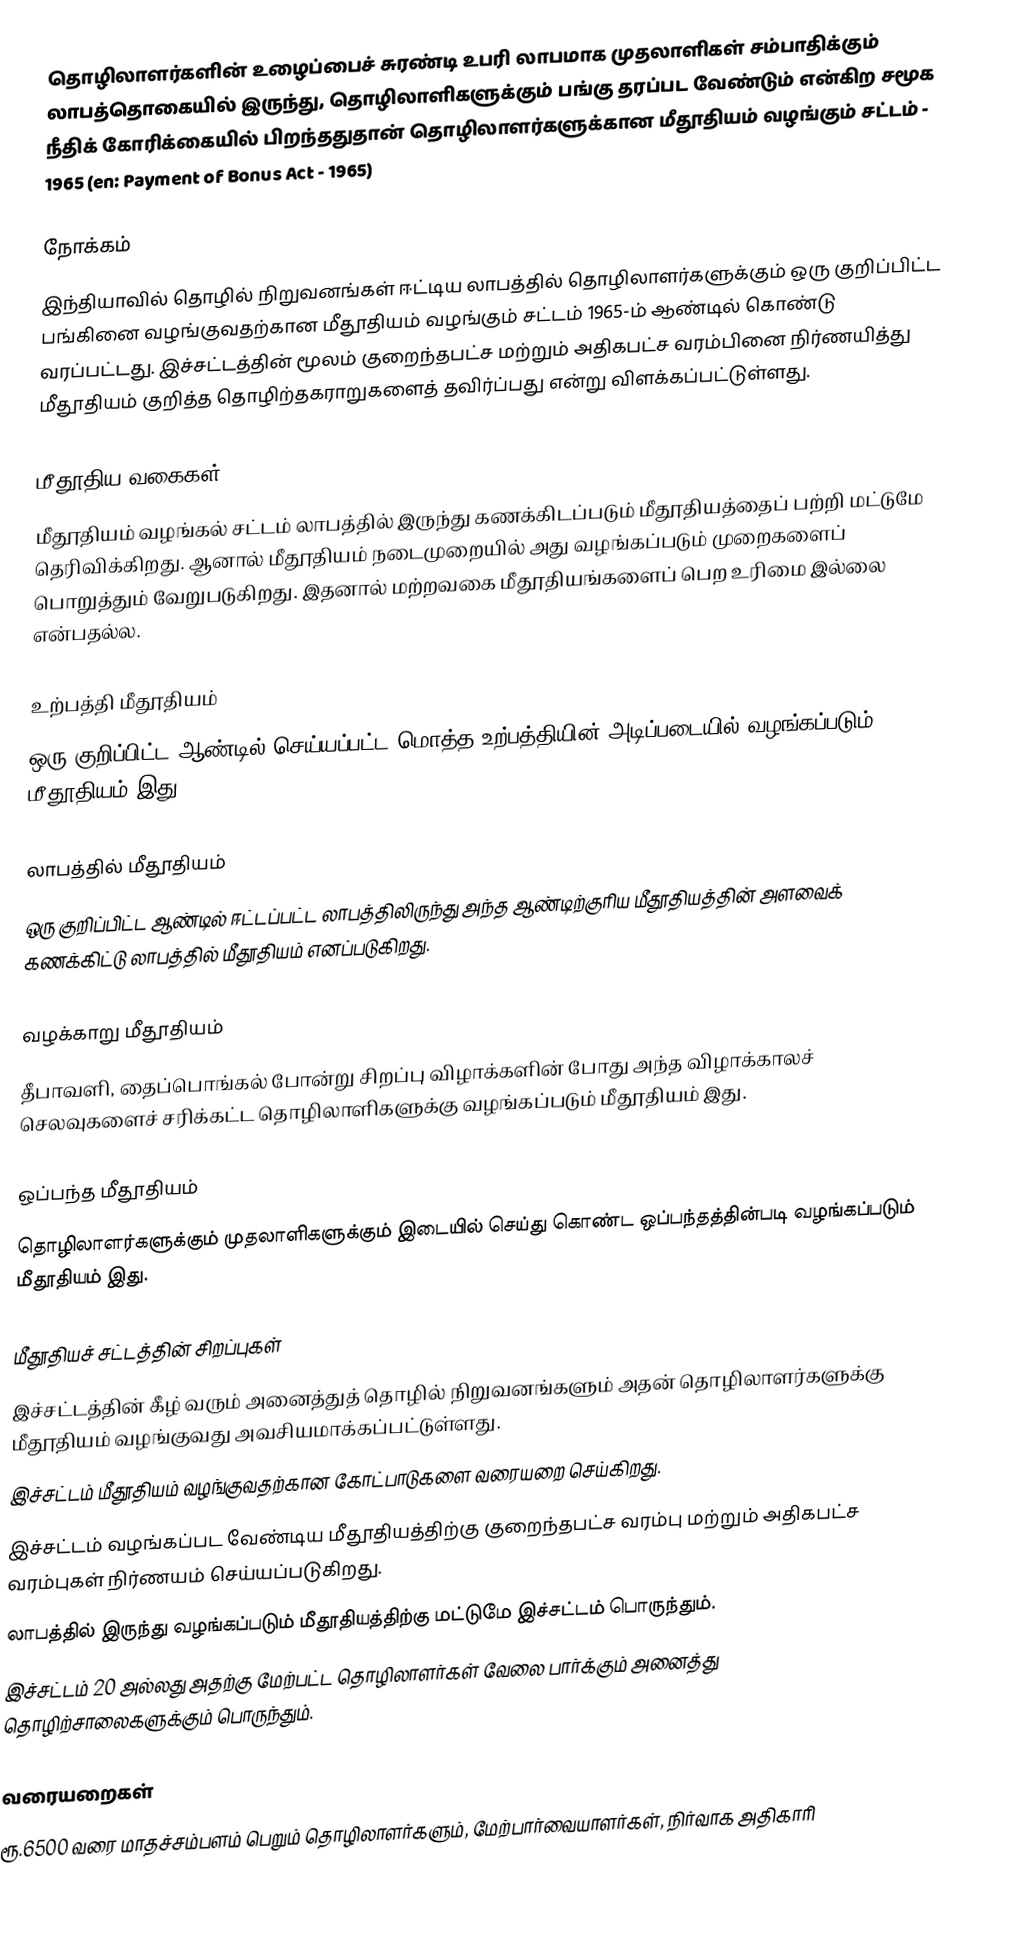
தொழிலாளர்களின் உழைப்பைச் சுரண்டி உபரி லாபமாக முதலாளிகள் சம்பாதிக்கும் லாபத்தொகையில் இருந்து, தொழிலாளிகளுக்கும் பங்கு தரப்பட வேண்டும் என்கிற சமூக நீதிக் கோரிக்கையில் பிறந்ததுதான் தொழிலாளர்களுக்கான மீதூதியம் வழங்கும் சட்டம் - 1965 (en: Payment of Bonus Act - 1965)

நோக்கம்
இந்தியாவில் தொழில் நிறுவனங்கள் ஈட்டிய லாபத்தில் தொழிலாளர்களுக்கும் ஒரு குறிப்பிட்ட பங்கினை வழங்குவதற்கான மீதூதியம் வழங்கும் சட்டம் 1965-ம் ஆண்டில் கொண்டு வரப்பட்டது. இச்சட்டத்தின் மூலம் குறைந்தபட்ச மற்றும் அதிகபட்ச வரம்பினை நிர்ணயித்து மீதூதியம் குறித்த தொழிற்தகராறுகளைத் தவிர்ப்பது என்று விளக்கப்பட்டுள்ளது.

மீதூதிய வகைகள்
மீதூதியம் வழங்கல் சட்டம் லாபத்தில் இருந்து கணக்கிடப்படும் மீதூதியத்தைப் பற்றி மட்டுமே தெரிவிக்கிறது. ஆனால் மீதூதியம் நடைமுறையில் அது வழங்கப்படும் முறைகளைப் பொறுத்தும் வேறுபடுகிறது. இதனால் மற்றவகை மீதூதியங்களைப் பெற உரிமை இல்லை என்பதல்ல.

உற்பத்தி மீதூதியம்
ஒரு குறிப்பிட்ட ஆண்டில் செய்யப்பட்ட மொத்த உற்பத்தியின் அடிப்படையில் வழங்கப்படும் மீதூதியம் இது.

லாபத்தில் மீதூதியம்
ஒரு குறிப்பிட்ட ஆண்டில் ஈட்டப்பட்ட லாபத்திலிருந்து அந்த ஆண்டிற்குரிய மீதூதியத்தின் அளவைக் கணக்கிட்டு லாபத்தில் மீதூதியம் எனப்படுகிறது.

வழக்காறு மீதூதியம்
தீபாவளி, தைப்பொங்கல் போன்று சிறப்பு விழாக்களின் போது அந்த விழாக்காலச் செலவுகளைச் சரிக்கட்ட தொழிலாளிகளுக்கு வழங்கப்படும் மீதூதியம் இது.

ஒப்பந்த மீதூதியம்
தொழிலாளர்களுக்கும் முதலாளிகளுக்கும் இடையில் செய்து கொண்ட ஒப்பந்தத்தின்படி வழங்கப்படும் மீதூதியம் இது.

மீதூதியச் சட்டத்தின் சிறப்புகள்
 இச்சட்டத்தின் கீழ் வரும் அனைத்துத் தொழில் நிறுவனங்களும் அதன் தொழிலாளர்களுக்கு மீதூதியம் வழங்குவது அவசியமாக்கப்பட்டுள்ளது.
 இச்சட்டம் மீதூதியம் வழங்குவதற்கான கோட்பாடுகளை வரையறை செய்கிறது.
 இச்சட்டம் வழங்கப்பட வேண்டிய மீதூதியத்திற்கு குறைந்தபட்ச வரம்பு மற்றும் அதிகபட்ச வரம்புகள் நிர்ணயம் செய்யப்படுகிறது.
 லாபத்தில் இருந்து வழங்கப்படும் மீதூதியத்திற்கு மட்டுமே இச்சட்டம் பொருந்தும்.
 இச்சட்டம் 20 அல்லது அதற்கு மேற்பட்ட தொழிலாளர்கள் வேலை பார்க்கும் அனைத்து தொழிற்சாலைகளுக்கும் பொருந்தும்.

வரையறைகள்
 ரூ.6500 வரை மாதச்சம்பளம் பெறும் தொழிலாளர்களும், மேற்பார்வையாளர்கள், நிர்வாக அதிகாரி